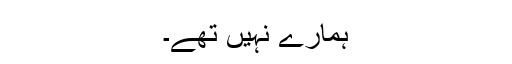
ہمارے نہیں تھے۔